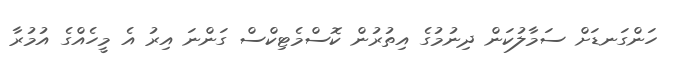
ހަންގަނޑަށް ސަމާލުކަން ދިނުމުގެ އިތުރުން ކޮސްމެޓިކްސް ގަންނަ އިރު އެ މީހެއްގެ އުމުރާ